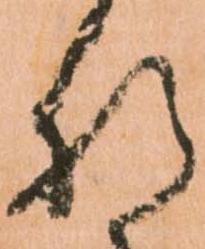
肝